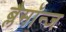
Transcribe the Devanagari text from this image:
ब्लैमॉन्ज